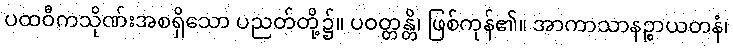
ပထဝီကသိုဏ်းအစရှိသော ပညတ်တို့၌။ ပဝတ္တန္တိ၊ ဖြစ်ကုန်၏။ အာကာသာနဉ္စာယတနံ၊